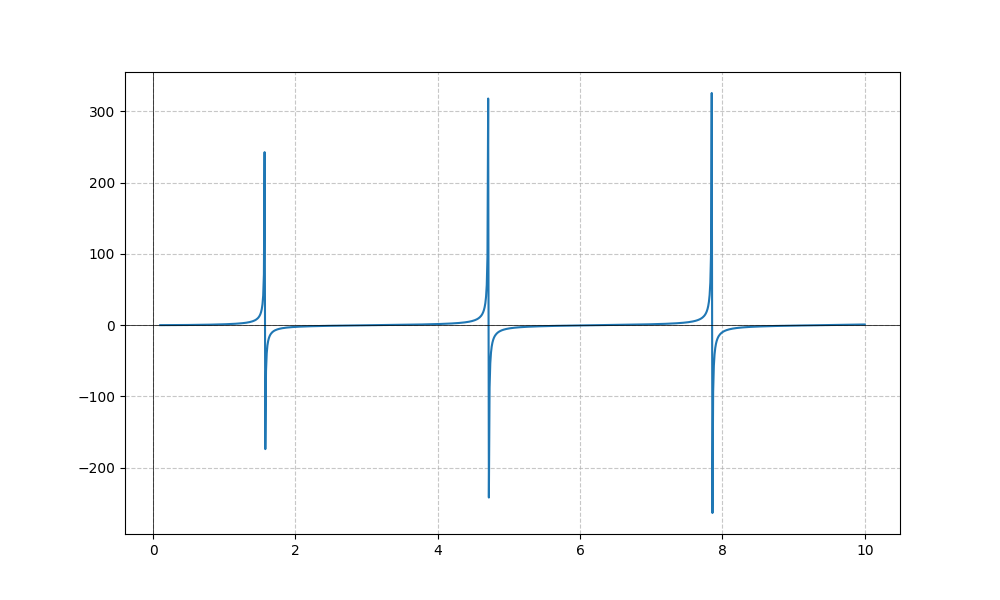
LaTeX formula: \tan{\left(x \right)} \operatorname{atan}{\left(x \right)}